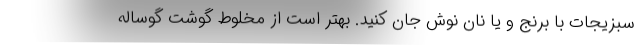
سبزیجات با برنج و یا نان نوش جان کنید. بهتر است از مخلوط گوشت گوساله